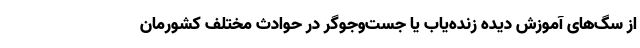
از سگ‌های آموزش دیده زنده‌یاب یا جست‌وجوگر در حوادث مختلف کشورمان